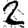
Digit: 2